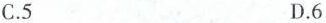
C.5 D.6